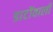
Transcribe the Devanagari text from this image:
डाटोंवाली